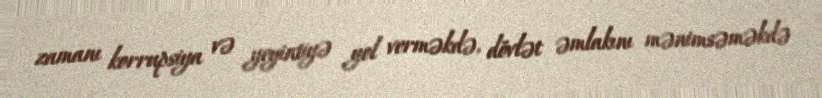
zamanı korrupsiya və yeyintiyə yol verməkdə, dövlət əmlakını mənimsəməkdə